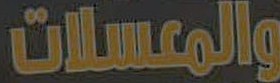
والمعسلات